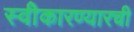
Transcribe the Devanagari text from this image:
स्वीेकारण्यारची